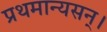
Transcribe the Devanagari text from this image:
प्रथमान्यसन्।